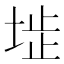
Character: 𡍍